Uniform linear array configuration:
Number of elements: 24
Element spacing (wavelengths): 0.75
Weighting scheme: kaiser
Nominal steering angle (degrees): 15
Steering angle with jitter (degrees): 13.129
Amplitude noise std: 0.05
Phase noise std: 0.05

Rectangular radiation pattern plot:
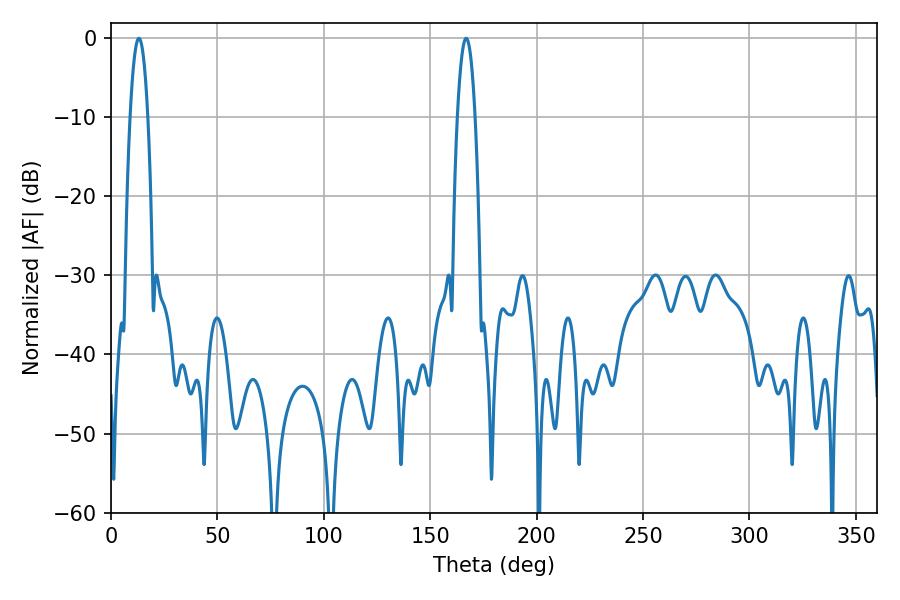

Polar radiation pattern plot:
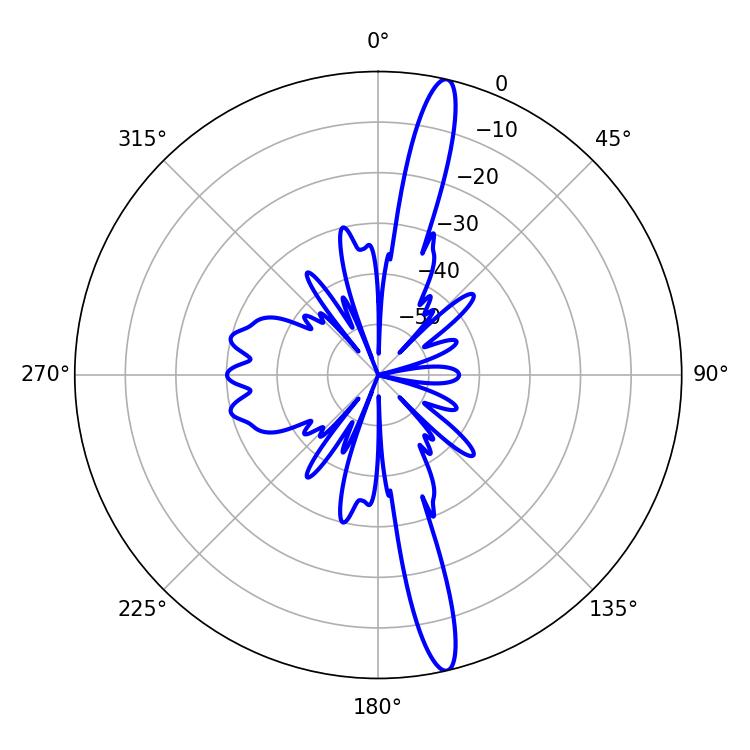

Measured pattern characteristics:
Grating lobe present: TRUE
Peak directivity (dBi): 17.127
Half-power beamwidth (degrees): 4.68
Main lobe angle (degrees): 13.14